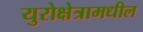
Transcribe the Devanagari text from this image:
युरोक्षेत्रामधील